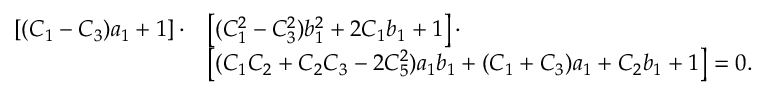
\begin{array} { r l } { \left[ ( C _ { 1 } - C _ { 3 } ) a _ { 1 } + 1 \right] \cdot } & { \left[ ( C _ { 1 } ^ { 2 } - C _ { 3 } ^ { 2 } ) b _ { 1 } ^ { 2 } + 2 C _ { 1 } b _ { 1 } + 1 \right] \cdot } \\ & { \left[ ( C _ { 1 } C _ { 2 } + C _ { 2 } C _ { 3 } - 2 C _ { 5 } ^ { 2 } ) a _ { 1 } b _ { 1 } + ( C _ { 1 } + C _ { 3 } ) a _ { 1 } + C _ { 2 } b _ { 1 } + 1 \right] = 0 . } \end{array}